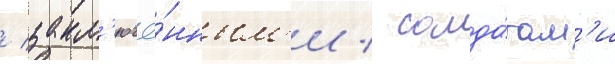
/ закл'ючё́нным'и / солда́там'и